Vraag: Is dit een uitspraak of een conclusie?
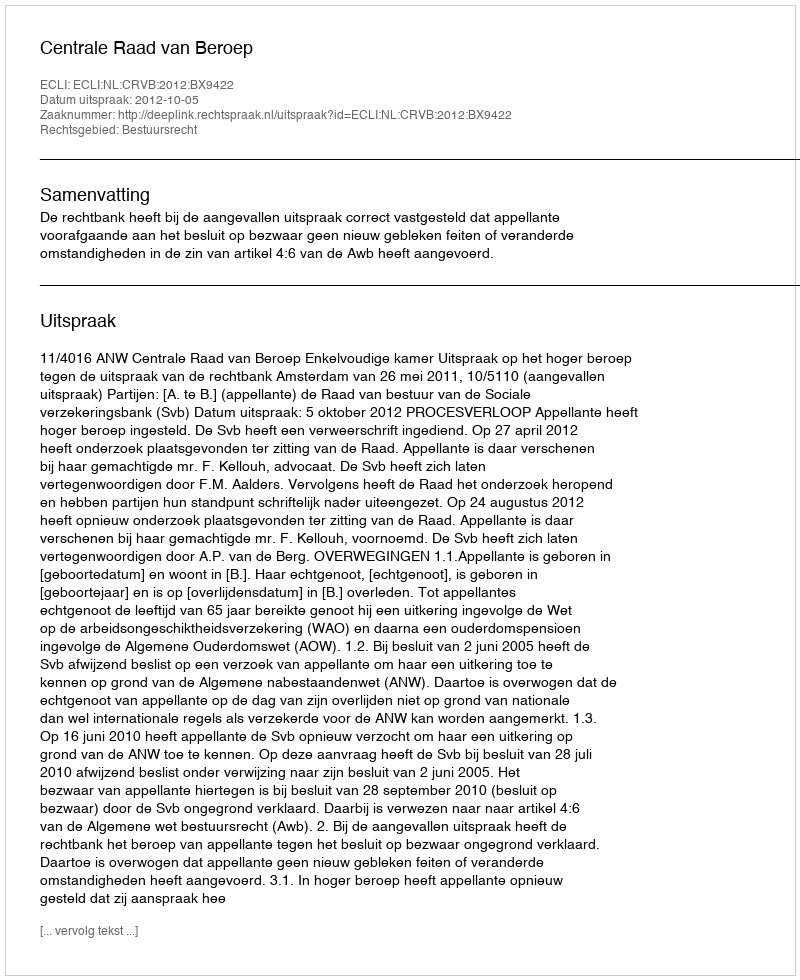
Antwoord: Uitspraak